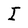
Character: I